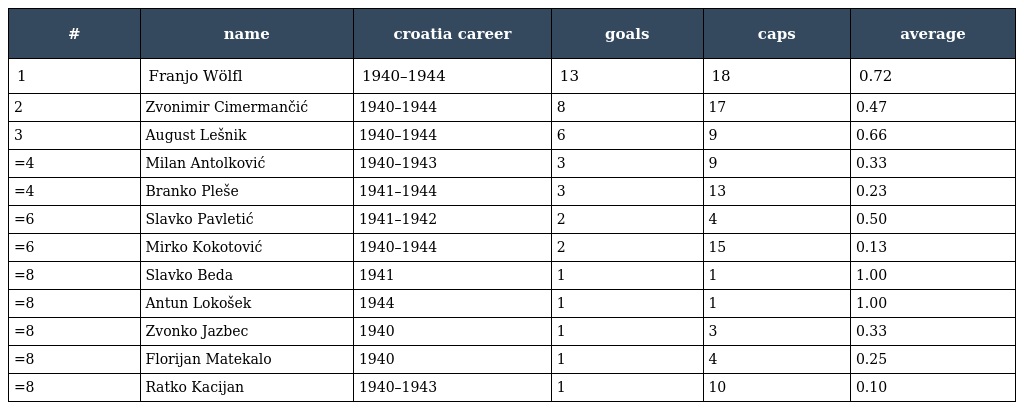
| # | name | croatia career | goals | caps | average |
 | --- | --- | --- | --- | --- | --- |
 | 1 | Franjo Wölfl | 1940–1944 | 13 | 18 | 0.72 |
 | 2 | Zvonimir Cimermančić | 1940–1944 | 8 | 17 | 0.47 |
 | 3 | August Lešnik | 1940–1944 | 6 | 9 | 0.66 |
 | =4 | Milan Antolković | 1940–1943 | 3 | 9 | 0.33 |
 | =4 | Branko Pleše | 1941–1944 | 3 | 13 | 0.23 |
 | =6 | Slavko Pavletić | 1941–1942 | 2 | 4 | 0.50 |
 | =6 | Mirko Kokotović | 1940–1944 | 2 | 15 | 0.13 |
 | =8 | Slavko Beda | 1941 | 1 | 1 | 1.00 |
 | =8 | Antun Lokošek | 1944 | 1 | 1 | 1.00 |
 | =8 | Zvonko Jazbec | 1940 | 1 | 3 | 0.33 |
 | =8 | Florijan Matekalo | 1940 | 1 | 4 | 0.25 |
 | =8 | Ratko Kacijan | 1940–1943 | 1 | 10 | 0.10 |